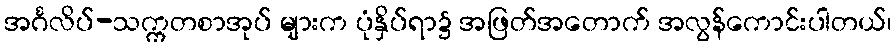
အင်္ဂလိပ်-သက္ကတစာအုပ် များက ပုံနှိပ်ရာ၌ အဖြတ်အတောက် အလွန်ကောင်းပါတယ်၊